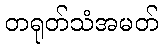
တရုတ်သံအမတ်